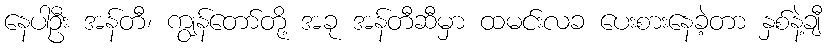
နေပါဦး အန်တီ၊ ကျွန်တော်တို့ အခု အန်တီဆီမှာ ထမင်းလခ ပေးစားနေခဲ့တာ နှစ်နဲ့ချီ